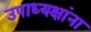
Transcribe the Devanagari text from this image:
उपाध्यक्षांना